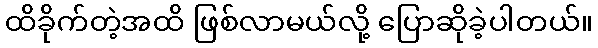
ထိခိုက်တဲ့အထိ ဖြစ်လာမယ်လို့ ပြောဆိုခဲ့ပါတယ်။